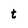
Character: t